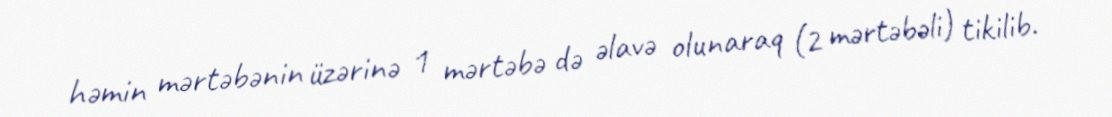
həmin mərtəbənin üzərinə 1 mərtəbə də əlavə olunaraq (2 mərtəbəli) tikilib.